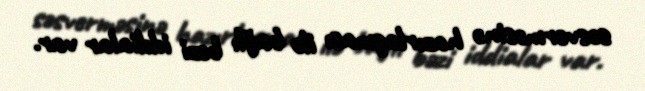
səsverməsinə hazırlaşması ilə bağlı bəzi iddialar var.